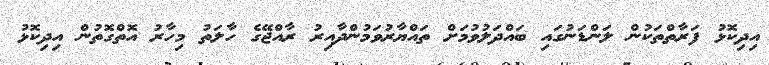
އިދިކޮޅު ފަރާތްތަކުން ލަންޑަނުގައި ބައްދަލުވުމަށް ތައްޔާރުވަމުންދާއިރު ރާއްޖޭގެ ހާލަތު މިހާރު އޮތްގޮތުން އިދިކޮޅު